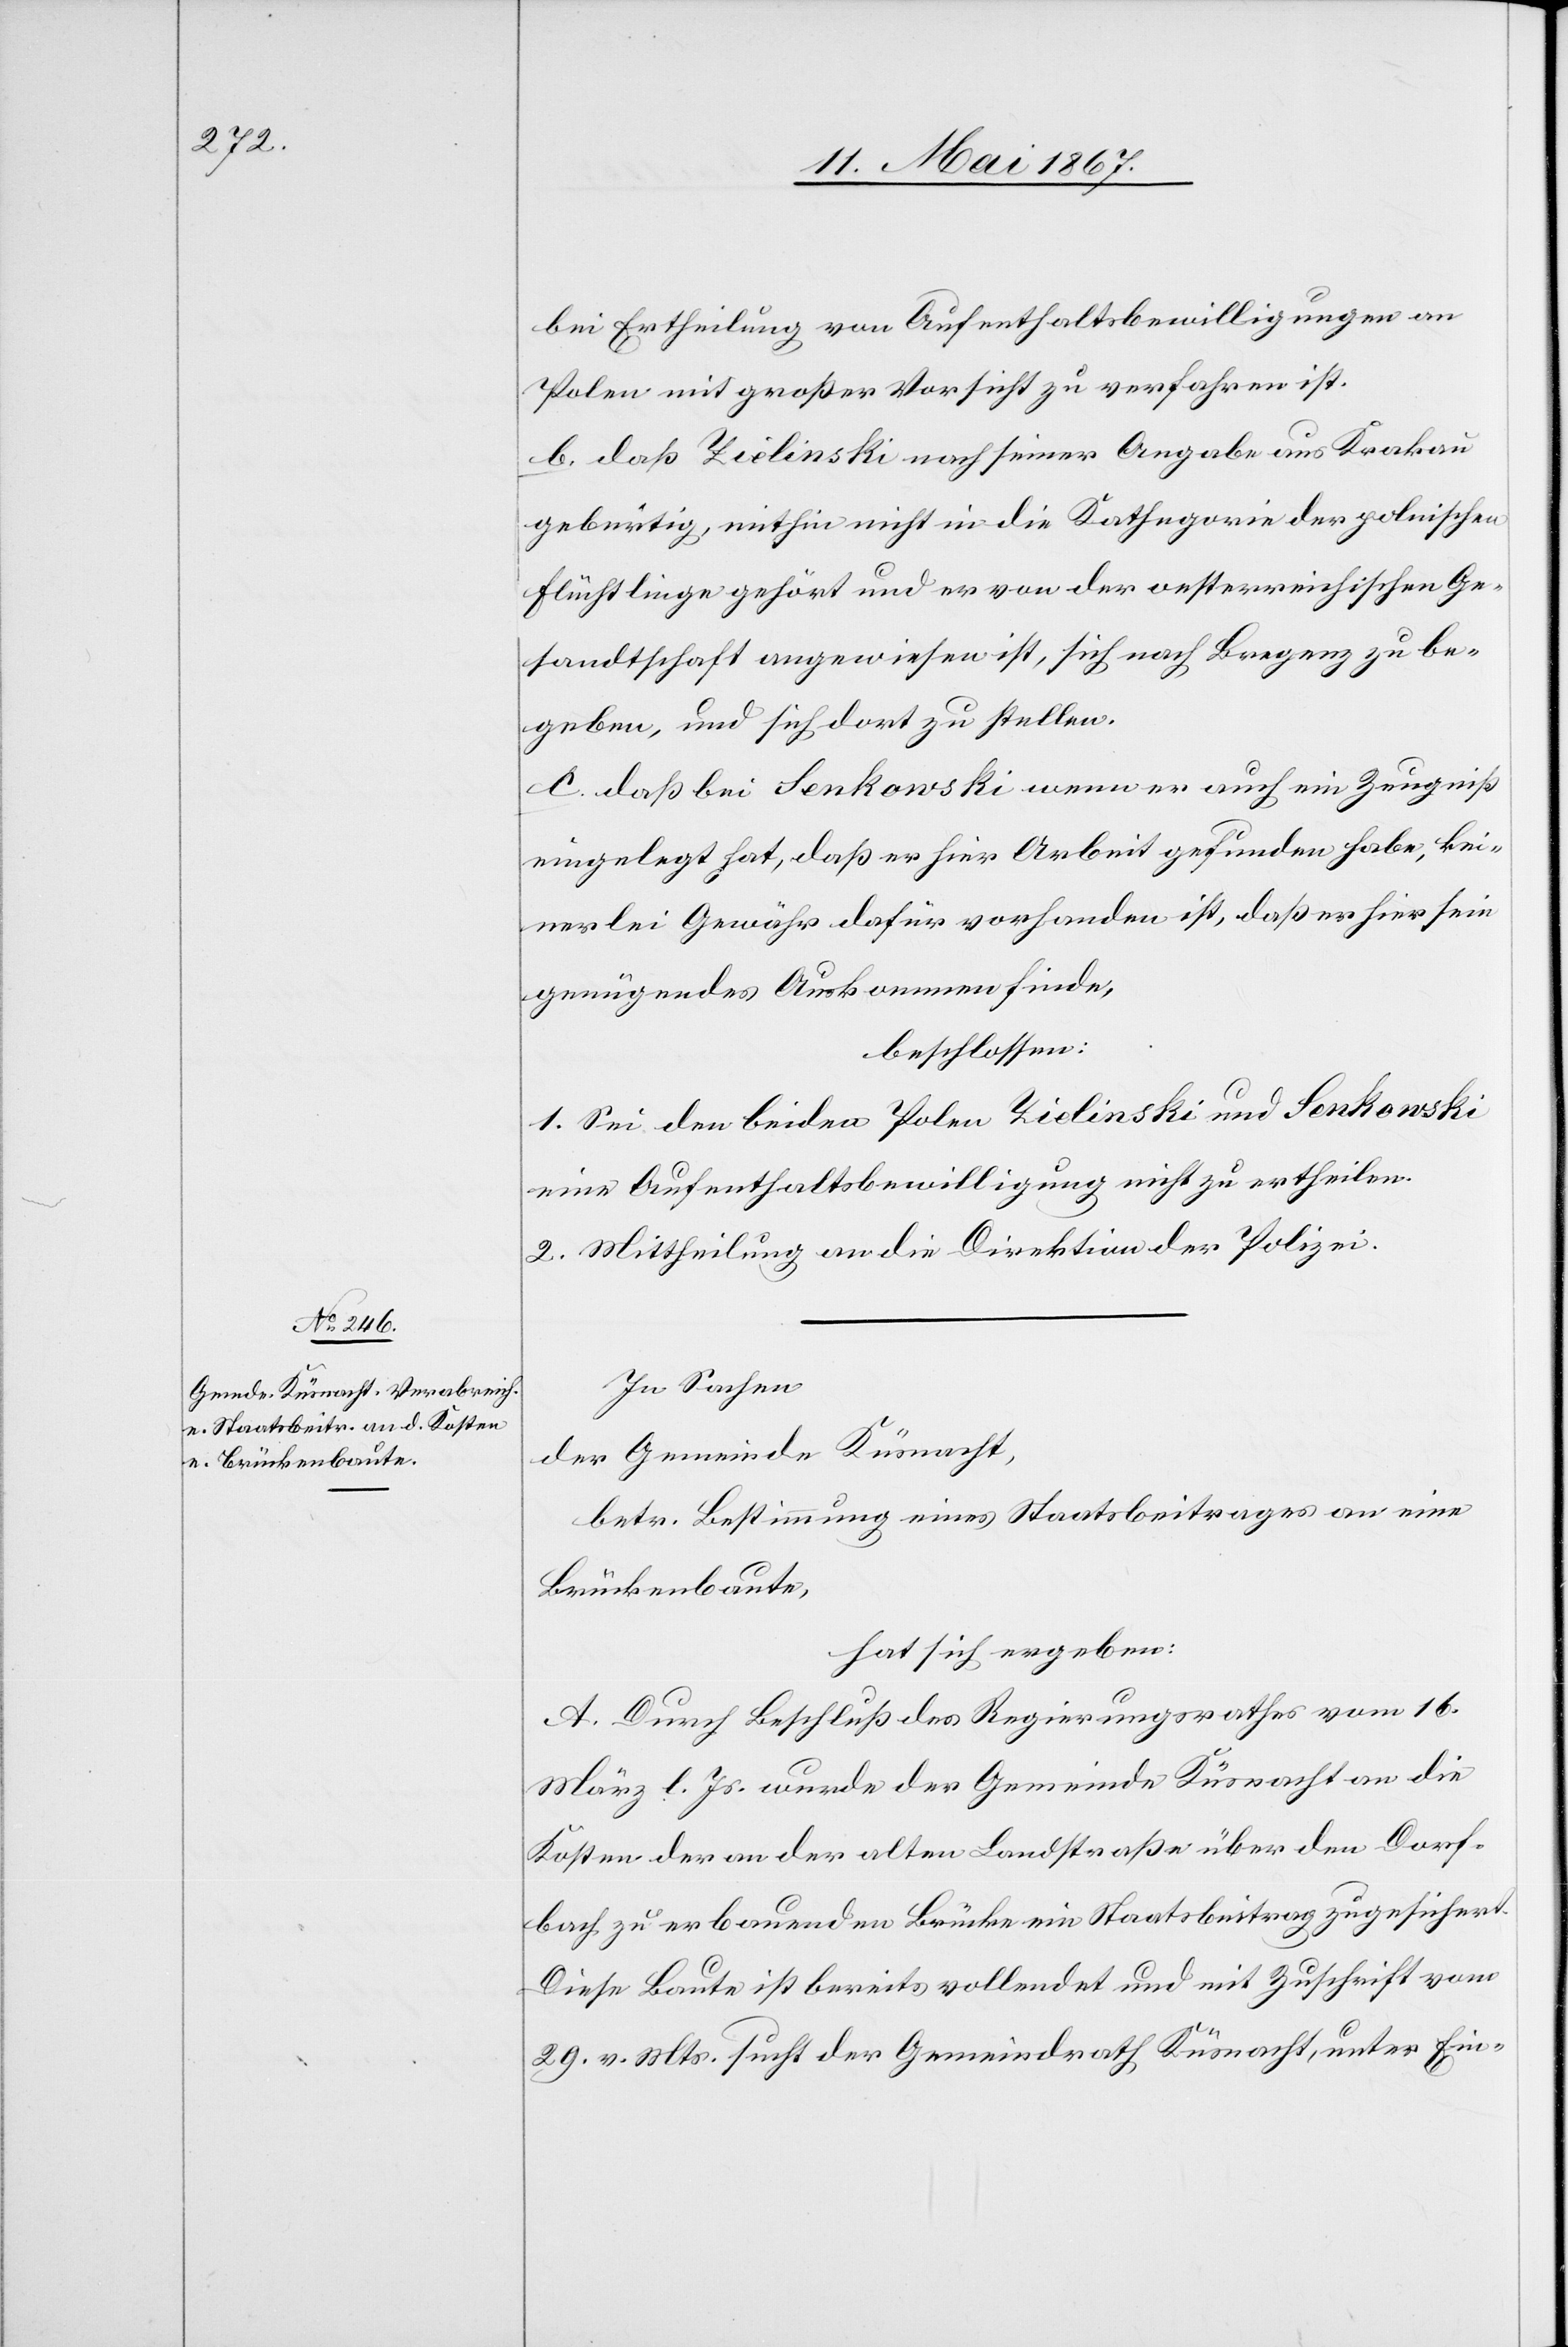
bei Ertheilung von Aufenthaltsbewilligungen an
Polen mit großer Vorsicht zu verfahren ist.
Flüchtlinge gehört und er von der oesterreichischen Ge¬
sandtschaft angewiesen ist, sich nach Bregenz zu be¬
geben, und sich dort zu stellen.
c. daß bei Senkowski wenn er auch ein Zeugniß
eingelegt hat, daß er hier Arbeit gefunden habe, kei¬
nerlei Gewähr dafür vorhanden ist, daß er hier sein
genügendes Auskommen finde,
beschlossen:
1. Sei den beiden Polen Zielinski und Senkowski
eine Aufenthaltsbewilligung nicht zu ertheilen.
2. Mittheilung an die Direktion der Polizei.
In Sachen
der Gemeinde Küsnacht,
betr. Bestimmung eines Staatsbeitrages an eine
Brückenbaute,
hat sich ergeben:
b.
A. Durch Beschluß des Regierungsrathes vom 16.
März l. Js. wurde der Gemeinde Küsnacht an die
Kosten der an der alten Landstraße über den Dorf¬
bach zu erbauenden Brücke ein Staatsbeitrag zugesichert.
Diese Baute ist bereits vollendet und mit Zuschrift vom
29. v. Mts. sucht der Gemeindrath Küsnacht, unter Ein-